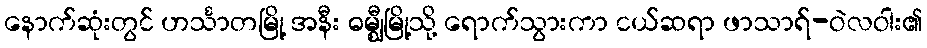
နောက်ဆုံးတွင် ဟင်္သာတမြို့ အနီး ဓမ္ဈီမြို့သို့ ရောက်သွားကာ ငယ်ဆရာ ဖာသာရ်-ဝဲလဝါး၏